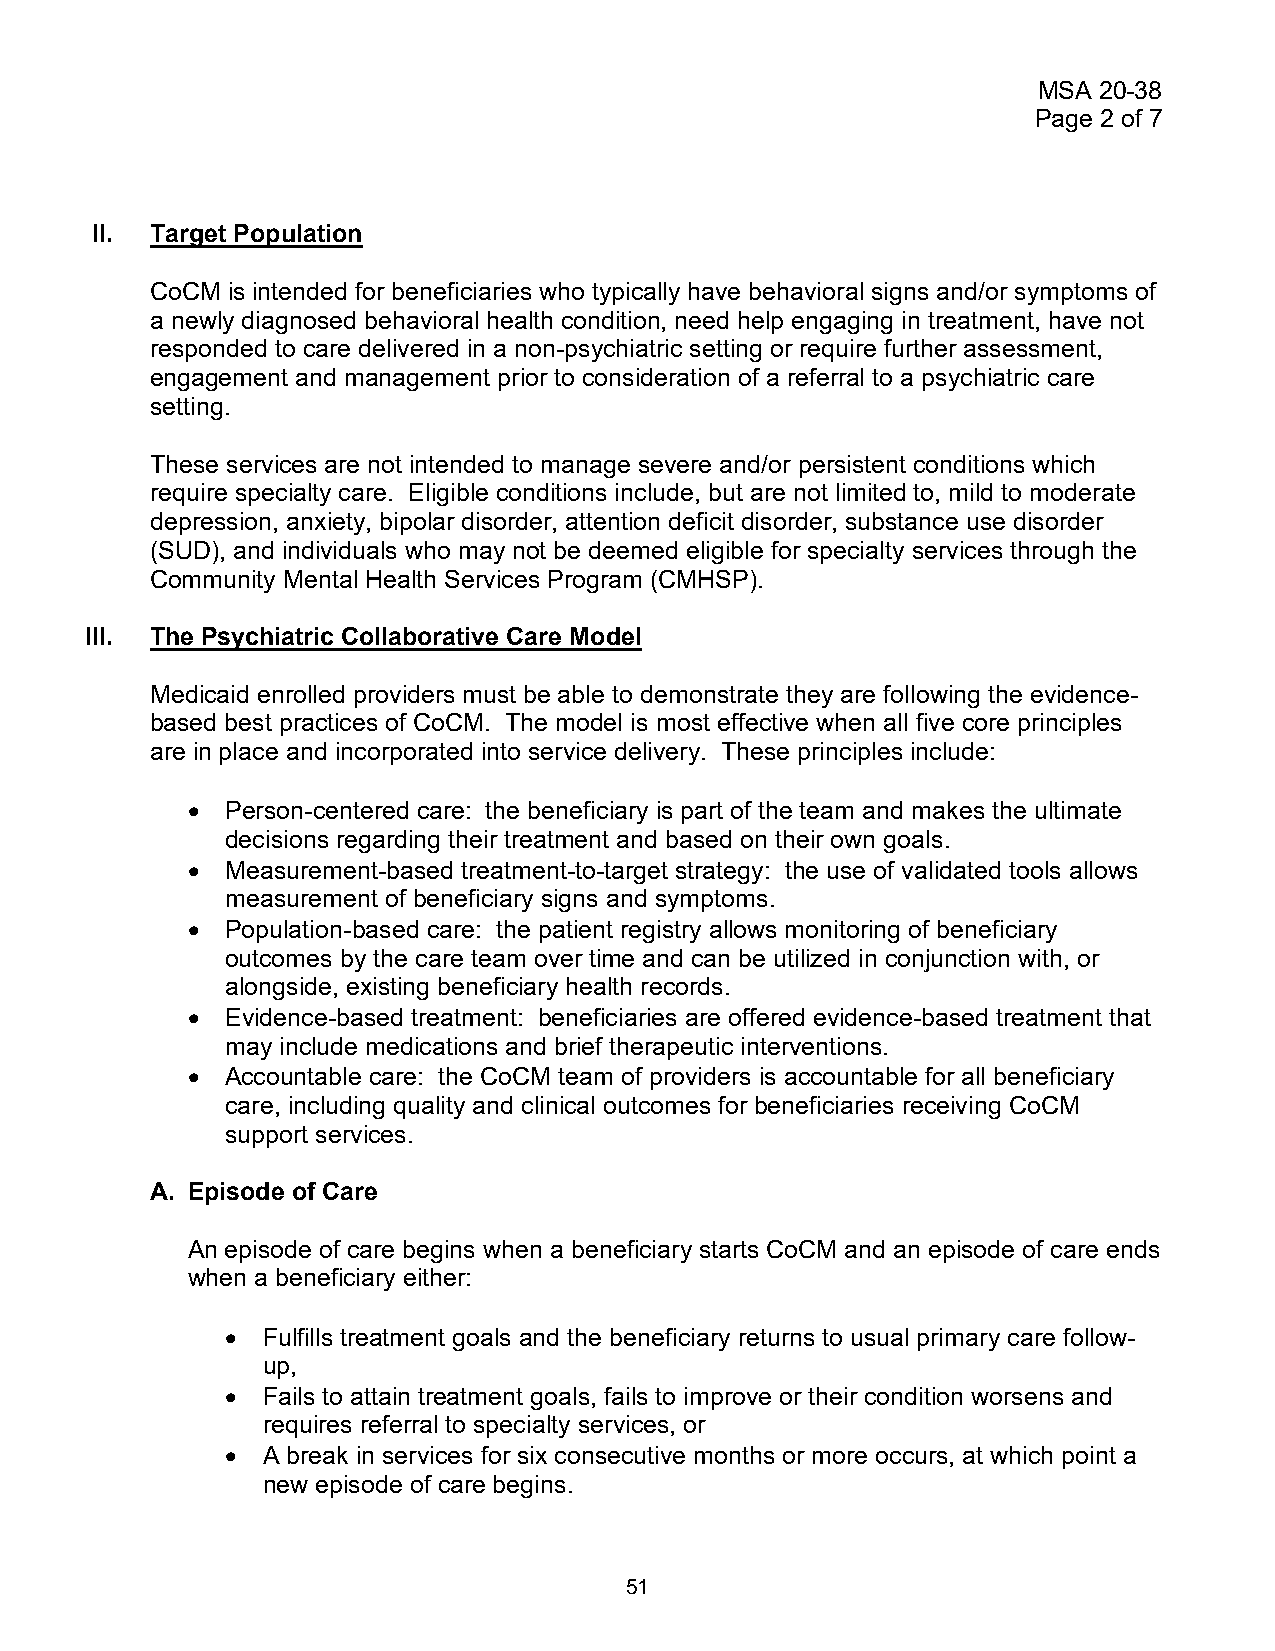
MSA 20-38
 Page 2 of 7
 II. Target Population
 CoCM is intended for beneficiaries who typically have behavioral signs and/or symptoms of
 a newly diagnosed behavioral health condition, need help engaging in treatment, have not
 responded to care delivered in a non-psychiatric setting or require further assessment,
 engagement and management prior to consideration of a referral to a psychiatric care
 setting.
 These services are not intended to manage severe and/or persistent conditions which
 require specialty care. Eligible conditions include, but are not limited to, mild to moderate
 depression, anxiety, bipolar disorder, attention deficit disorder, substance use disorder
 (SUD), and individuals who may not be deemed eligible for specialty services through the
 Community Mental Health Services Program (CMHSP).
 III. The Psychiatric Collaborative Care Model
 Medicaid enrolled providers must be able to demonstrate they are following the evidence-
 based best practices of CoCM. The model is most effective when all five core principles
 are in place and incorporated into service delivery. These principles include:
 •  Person-centered care: the beneficiary is part of the team and makes the ultimate
 decisions regarding their treatment and based on their own goals.
 •  Measurement-based treatment-to-target strategy: the use of validated tools allows
 measurement of beneficiary signs and symptoms.
 •  Population-based care: the patient registry allows monitoring of beneficiary
 outcomes by the care team over time and can be utilized in conjunction with, or
 alongside, existing beneficiary health records.
 •  Evidence-based treatment: beneficiaries are offered evidence-based treatment that
 may include medications and brief therapeutic interventions.
 •  Accountable care: the CoCM team of providers is accountable for all beneficiary
 care, including quality and clinical outcomes for beneficiaries receiving CoCM
 support services.
 A. Episode of Care
 An episode of care begins when a beneficiary starts CoCM and an episode of care ends
 when a beneficiary either:
 • Fulfills treatment goals and the beneficiary returns to usual primary care follow-
 up,
 • Fails to attain treatment goals, fails to improve or their condition worsens and
 requires referral to specialty services, or
 • A break in services for six consecutive months or more occurs, at which point a
 new episode of care begins.
 51